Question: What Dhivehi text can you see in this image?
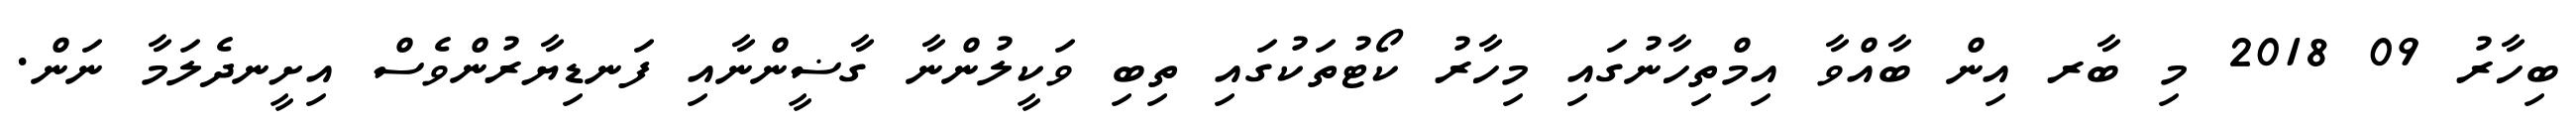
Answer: ބިހާރު 09 2018 މި ބާރ އިން ބާއްވާ އިމްތިހާނުގައި މިހާރު ކޯޓުތަކުގައި ތިބި ވަކީލުންނާ ގާޟީންނާއި ފަނޑިޔާރުންވެސް އިށީނދެލަމާ ނަން.